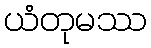
ယံတုမဿ